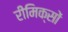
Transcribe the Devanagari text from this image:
रीमिक्सों